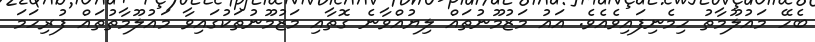
ބެހޭ މައުލޫމާތު ހިމެނިފައިވެއެވެ. އައު މަޒުމޫނުތައް ލިޔުއްވާނެ ގޮތާއި މަޒުމޫނުތަކުގައިވާ މައުލޫމާތުތައް ފުރިހަމަ